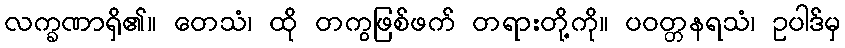
လက္ခဏာရှိ၏။ တေသံ၊ ထို တကွဖြစ်ဖက် တရားတို့ကို။ ပဝတ္တနရသံ၊ ဥပါဒ်မှ